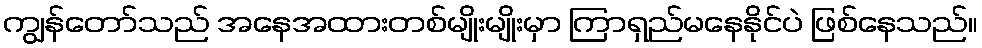
ကျွန်တော်သည် အနေအထားတစ်မျိုးမျိုးမှာ ကြာရှည်မနေနိုင်ပဲ ဖြစ်နေသည်။